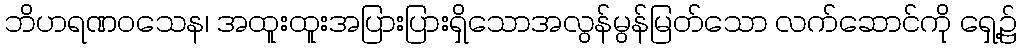
ဘိဟရဏဝသေန၊ အထူးထူးအပြားပြားရှိသောအလွန်မွန်မြတ်သော လက်ဆောင်ကို ရှေ့၌